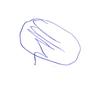
Signature authenticity: forged